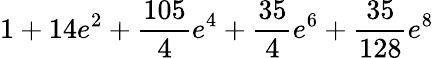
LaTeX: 1+14e^{2}+\frac{105}{4}e^{4}+\frac{35}{4}e^{6}+\frac{35}{128}e^{8}